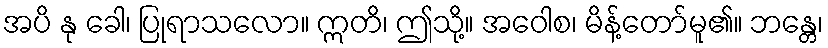
အပိ နု ခေါ၊ ပြုရာသလော။ ဣတိ၊ ဤသို့။ အဝေါစ၊ မိန့်တော်မူ၏။ ဘန္တေ၊